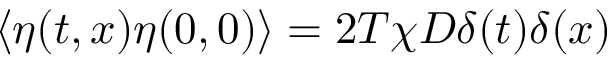
\langle \eta ( t , x ) \eta ( 0 , 0 ) \rangle = 2 T \chi D \delta ( t ) \delta ( x )